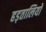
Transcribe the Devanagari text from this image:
हड़तालियों